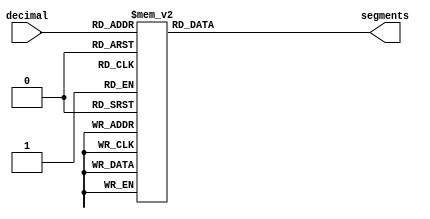
module decimal_to_7segment_digit(
	input [3:0] decimal,
	output reg [6:0] segments
);

	localparam num0 = 7'b1111110;
	localparam num1 = 7'b0110000;
	localparam num2 = 7'b1101101;
	localparam num3 = 7'b1111001;
	localparam num4 = 7'b0110011;
	localparam num5 = 7'b1011011;
	localparam num6 = 7'b1011111;
	localparam num7 = 7'b1110000;
	localparam num8 = 7'b1111111;
	localparam num9 = 7'b1110011;
	
	localparam error = 7'b1001111;

	always @ (decimal) begin
		case (decimal)
			4'd0 : segments <= num0;
			4'd1 : segments <= num1;
			4'd2 : segments <= num2;
			4'd3 : segments <= num3;
			4'd4 : segments <= num4;
			4'd5 : segments <= num5;
			4'd6 : segments <= num6;
			4'd7 : segments <= num7;
			4'd8 : segments <= num8;
			4'd9 : segments <= num9;
			default : segments <= error;
		endcase
	end

endmodule